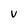
Character: V